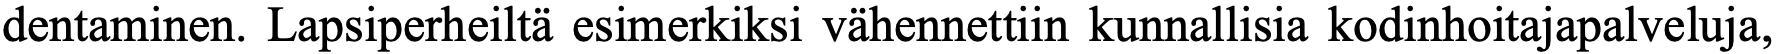
dentaminen. Lapsiperheiltä esimerkiksi vähennettiin kunnallisia kodinhoitajapalveluja,